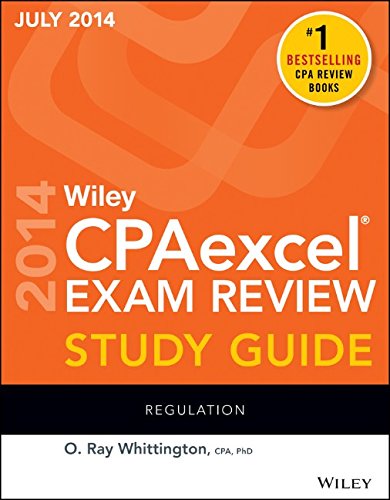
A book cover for Wiley CPAexcel Exam Review Spring 2014 Study Guide: Regulation (Wiley Cpa Exam Review); O. Ray Whittington; Test Preparation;